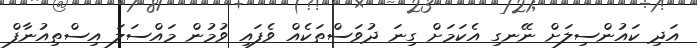
އަދި ކައުންސިލަށް ނޭނގި އެކަމަށް ގިނަ ދުވަސްތަކެއް ވެފައި ވުމުން މައްސަލަ އިސްތިއުނާފް